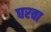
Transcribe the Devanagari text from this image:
घरवा